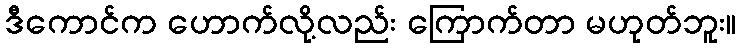
ဒီကောင်က ဟောက်လို့လည်း ကြောက်တာ မဟုတ်ဘူး။